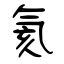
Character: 氦